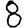
Digit: 8